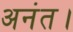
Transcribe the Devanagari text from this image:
अनंत।